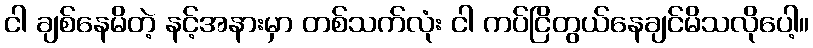
ငါ ချစ်နေမိတဲ့ နင့်အနားမှာ တစ်သက်လုံး ငါ ကပ်ငြိတွယ်နေချင်မိသလိုပေါ့။